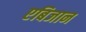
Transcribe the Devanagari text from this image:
एबिजान